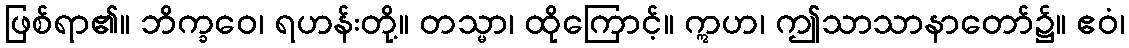
ဖြစ်ရာ၏။ ဘိက္ခဝေ၊ ရဟန်းတို့။ တသ္မာ၊ ထိုကြောင့်။ ဣဟ၊ ဤသာသာနာတော်၌။ ဧဝံ၊